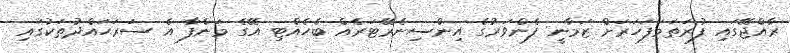
ރާއްޖޭގައި ފުރަތަމަފަހަރަށް ޒަމާނީ ފެންވަރުގެ އިންސިނެރޭޓަރެއް ބެހެއްޓި އޭގެ މަންފާ އެ ސަރަޙައްދުތަކުގައި